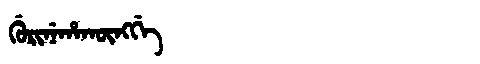
Manchu: ᡤᡠᡵᡳᠨᡝᡥᠠᡴᡡᠩᡤᡝ
Romanization: GURINEHAKŪNGGE